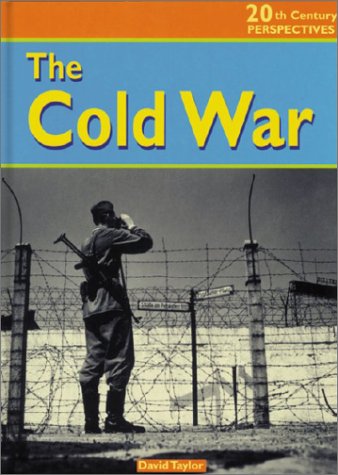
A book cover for The Cold War (20th Century Perspectives); David Taylor; Children's Books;